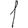
Digit: 1